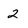
Character: 2